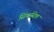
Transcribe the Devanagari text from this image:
सिंफ़निक